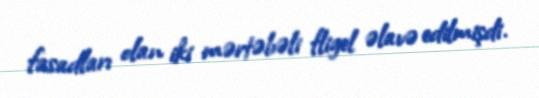
fasadları olan iki mərtəbəli fligel əlavə edilmişdi.